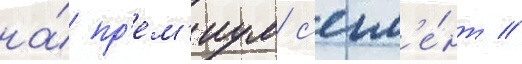
на́ пр'ем'иум с'егм'е́нт //